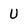
Character: U